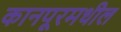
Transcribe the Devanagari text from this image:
कानपूरमधील